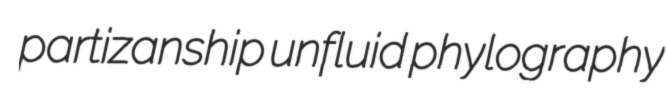
partizanship unfluid phylography